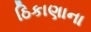
ઠિકાણાના